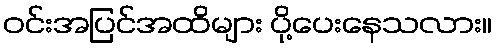
ဝင်းအပြင်အထိများ ပို့ပေးနေသလား။